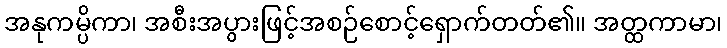
အနုကမ္ပိကာ၊ အစီးအပွားဖြင့်အစဉ်စောင့်ရှောက်တတ်၏။ အတ္ထကာမာ၊